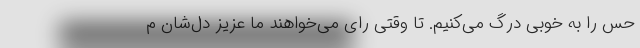
حس را به خوبی درگ می‌کنیم. تا وقتی رای می‌خواهند ما عزیز دل‌شان م